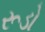
રૂડો